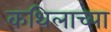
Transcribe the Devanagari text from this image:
कथिलाच्या